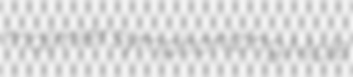
malmier symphonizing Mole